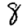
Digit: 8